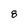
Character: 8